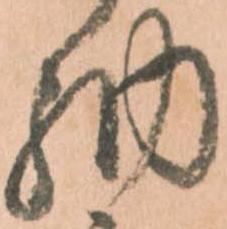
納